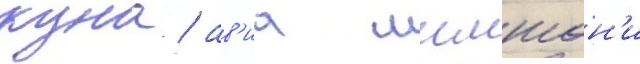
куна / ав'иа шимшон'и